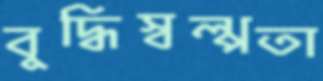
বুদ্ধিস্বল্পতা